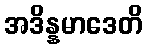
အဒိန္နမာဒေတိ